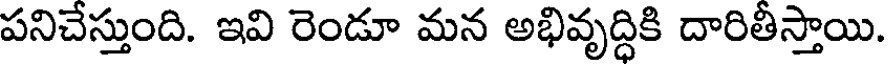
పనిచేస్తుంది. ఇవి రెండూ మన అభివృద్ధికి దారితీస్తాయి.